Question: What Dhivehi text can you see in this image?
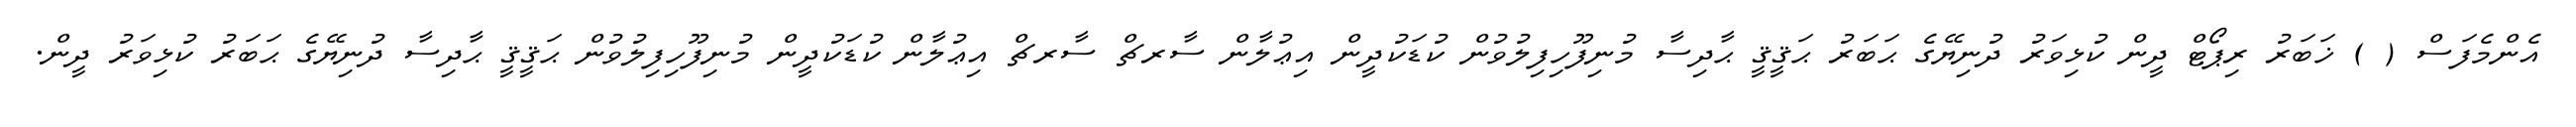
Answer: އެންމެފަސް ( ) ޚަބަރު ރިޕޯޓް ދީން ކުޅިވަރު ދުނިޔޭގެ ޙަބަރު ޙަޤީޤީ ޙާދިސާ މުނިފޫހިފިލުވުން ކުޑަކުދީން އިޢުލާން ސާރޗް ސާރޗް އިޢުލާން ކުޑަކުދީން މުނިފޫހިފިލުވުން ޙަޤީޤީ ޙާދިސާ ދުނިޔޭގެ ޙަބަރު ކުޅިވަރު ދީން.